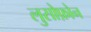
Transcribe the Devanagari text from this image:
लुसोफ़ोन